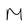
Character: M